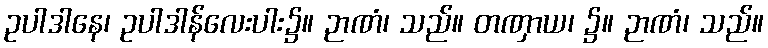
ဥပါဒါနေ၊ ဥပါဒါန်လေးပါး၌။ ဉာဏံ၊ သည်။ တဏှာယ၊ ၌။ ဉာဏံ၊ သည်။